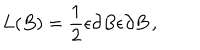
LaTeX: L ( B ) = \frac { 1 } { 2 } \epsilon \partial B \epsilon \partial B \, ,